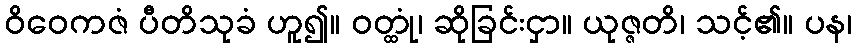
ဝိဝေကဇံ ပီတိသုခံ ဟူ၍။ ဝတ္ထုံ၊ ဆိုခြင်းငှာ။ ယုဇ္ဇတိ၊ သင့်၏။ ပန၊